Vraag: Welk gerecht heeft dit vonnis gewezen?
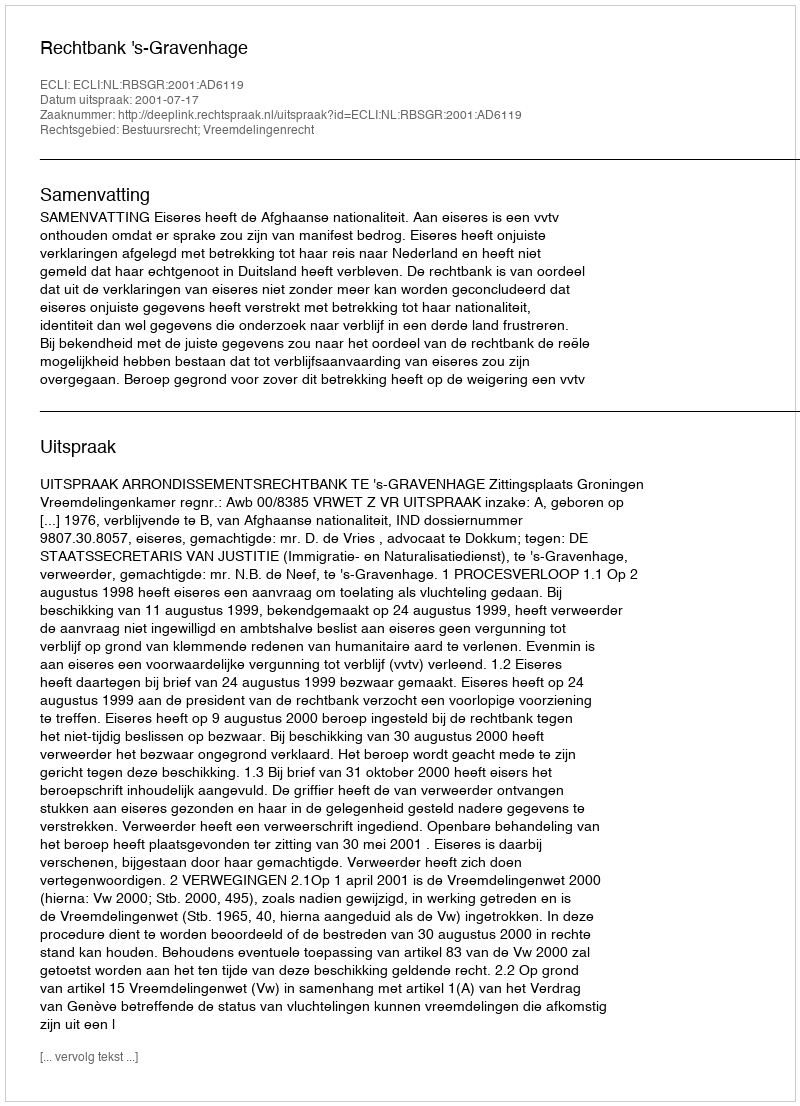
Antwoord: Rechtbank 's-Gravenhage